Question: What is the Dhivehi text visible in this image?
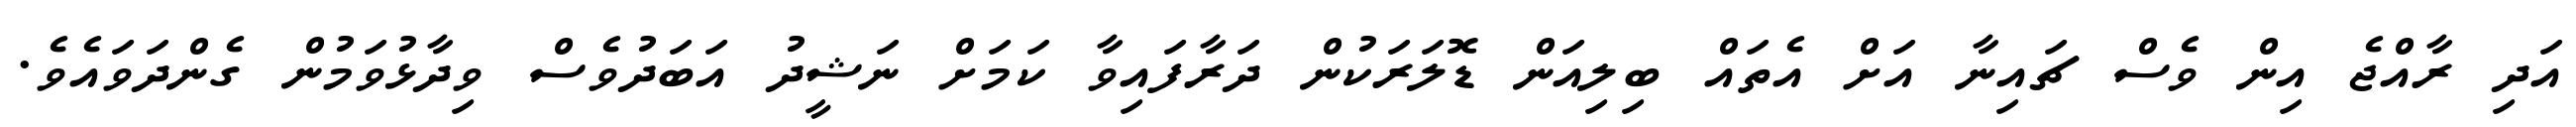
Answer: އަދި ރާއްޖެ އިން ވެސް ޗައިނާ އަށް އެތައް ބިލިއަން ޑޮލަރަކުން ދަރާފައިވާ ކަމަށް ނަޝީދު އަބަދުވެސް ވިދާޅުވަމުން ގެންދަވައެވެ.